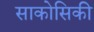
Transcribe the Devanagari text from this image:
साकोसिकी